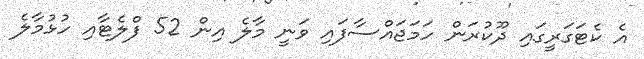
އެ ކެޓަގަރީގައި ދޫކުރަން ހަމަޖައްސާފައި ވަނީ މާލެ އިން 52 ފްލެޓާއި ހުޅުމާލެ